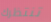
تنتظرك